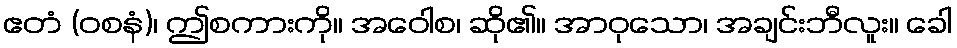
ဧတံ (ဝစနံ)၊ ဤစကားကို။ အဝေါစ၊ ဆို၏။ အာဝုသော၊ အချင်းဘီလူး။ ခေါ